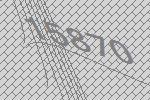
15870